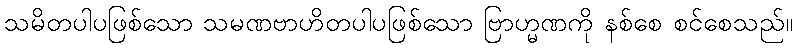
သမိတပါပဖြစ်သော သမဏဗာဟိတပါပဖြစ်သော ဗြာဟ္မဏကို နစ်စေ စင်စေသည်။